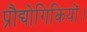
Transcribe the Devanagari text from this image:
प्रौद्योगिकियों।